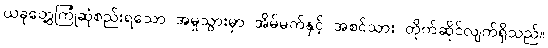
ယခုတွေ့ကြုံဆုံစည်းရသော အမှုသွားမှာ အိမ်မက်နှင့် အစင်သား တိုက်ဆိုင်လျက်ရှိသည်။